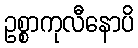
ဥစ္စာကုလီနောပိ